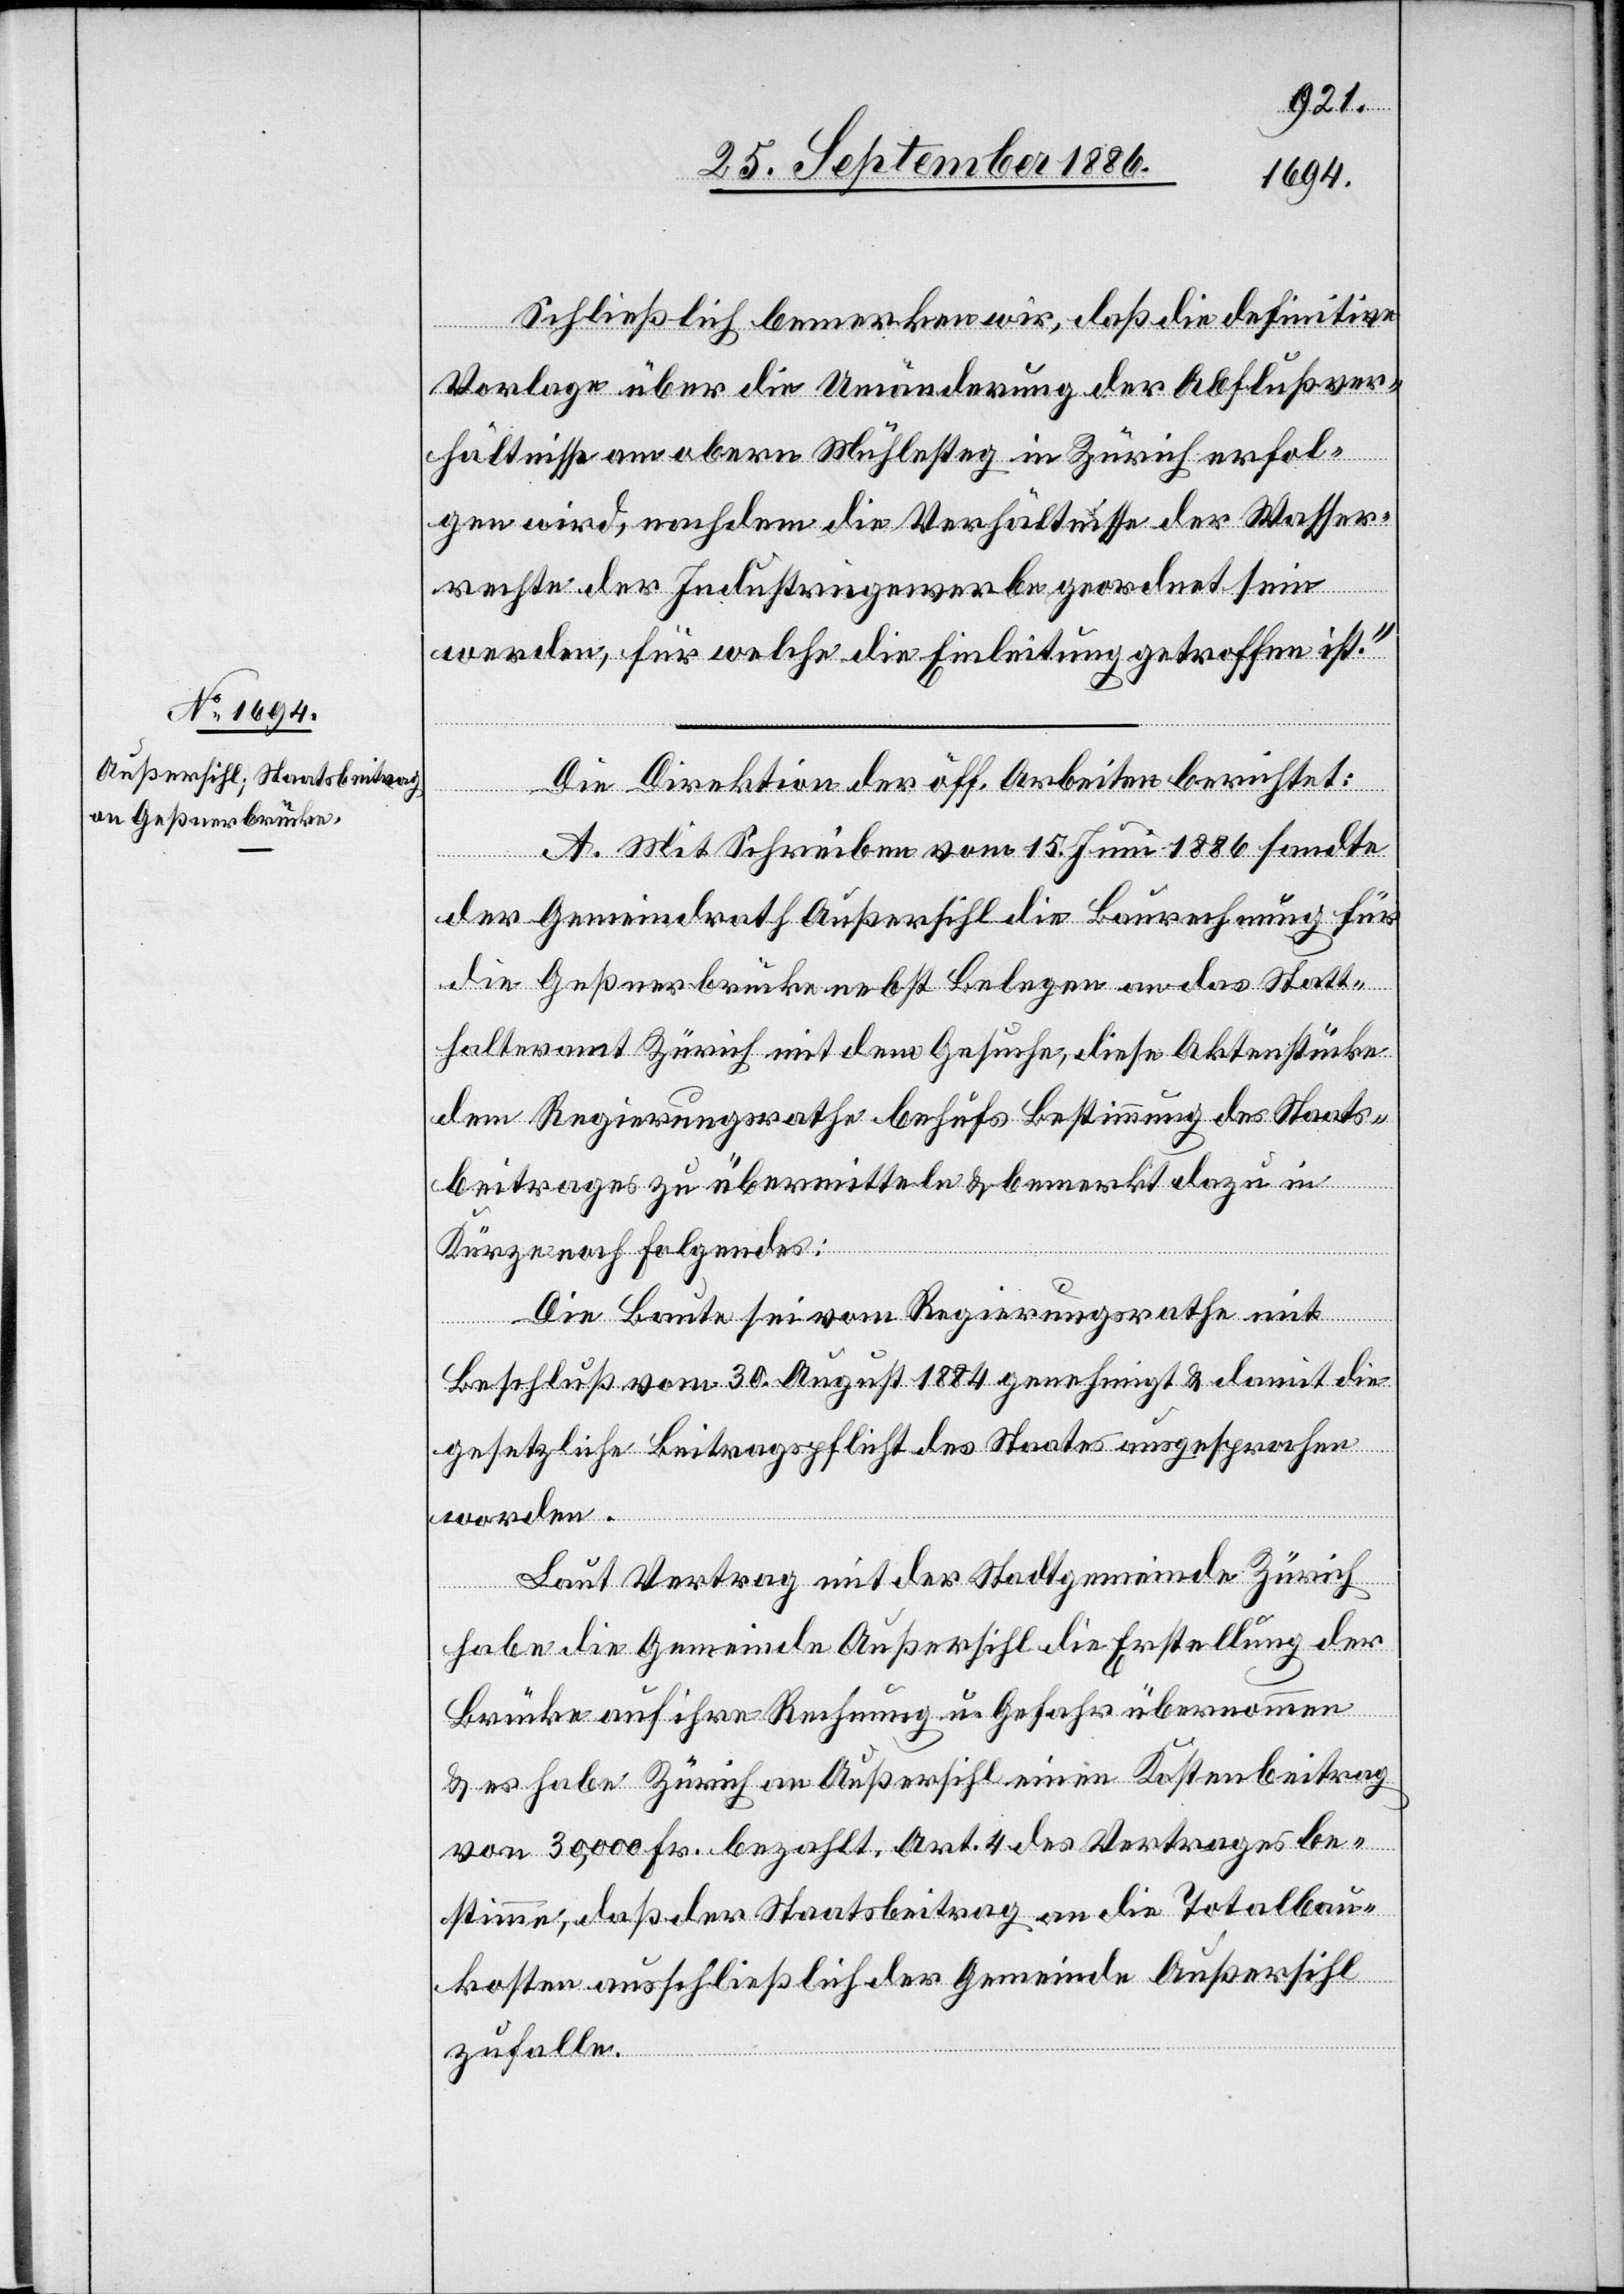
Schließlich bemerken wir, daß die definitive
Vorlage über die Umänderung der Abflußver¬
hältnisse am obern Mühlesteg in Zürich erfol¬
gen wird, nachdem die Verhältnisse der Wasser¬
rechte der Industriegewerbe geordnet sein
werden, für welche die Einleitung getroffen ist.“
Die Direktion der öff. Arbeiten berichtet:
A. Mit Schreiben vom 15. Juni 1886 sandte
der Gemeindrath Außersihl die Baurechnung für
die Geßnerbrücke nebst Belegen an das Statt¬
halteramt Zürich mit dem Gesuche, diese Aktenstücke
dem Regierungsrathe behufs Bestimmung des Staats¬
beitrages zu übermitteln & bemerkt dazu in
Kürze noch Folgendes:
Die Baute sei vom Regierungsrathe mit
Beschluß vom 30. August 1884 genehmigt & damit die
gesetzliche Beitragspflicht des Staates ausgesprochen
worden.
Laut Vertrag mit der Stadtgemeinde Zürich
habe die Gemeinde Außersihl die Erstellung der
Brücke auf ihre Rechnung u. Gefahr übernommen
& es habe Zürich an Außersihl einen Kostenbeitrag
von 30,000 Fr. bezahlt. Art. 4 des Vertrages be¬
stimme, daß der Staatsbeitrag an die Totalbau¬
kosten ausschließlich der Gemeinde Außersihl
zufalle.